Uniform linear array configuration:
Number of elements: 32
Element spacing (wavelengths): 0.5
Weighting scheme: hann
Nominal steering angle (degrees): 15
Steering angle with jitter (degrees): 14.079
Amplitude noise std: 0.05
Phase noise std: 0.05

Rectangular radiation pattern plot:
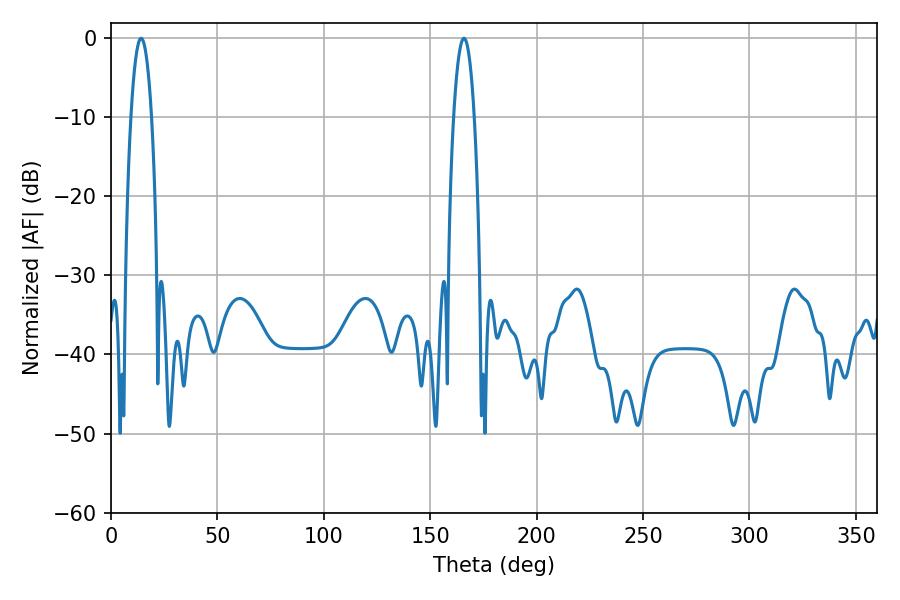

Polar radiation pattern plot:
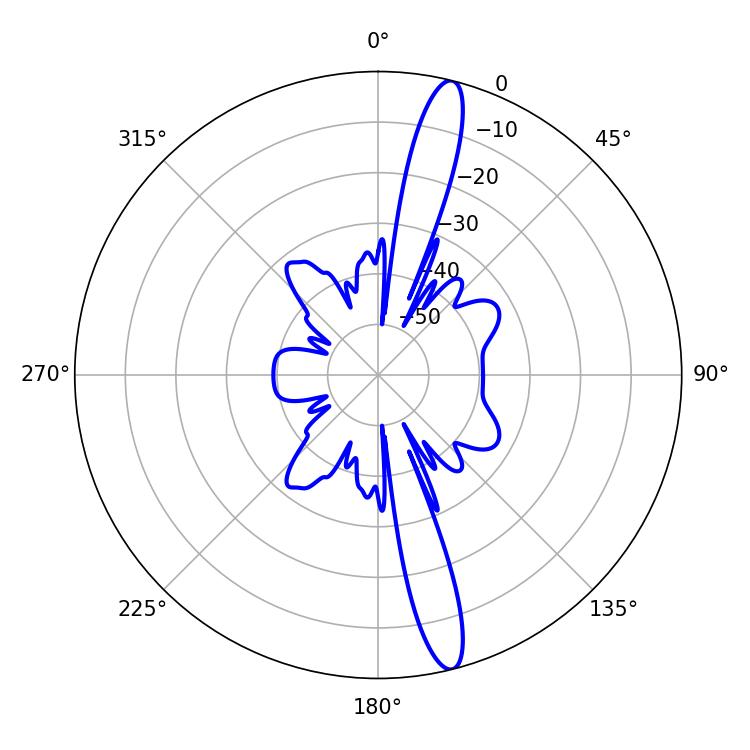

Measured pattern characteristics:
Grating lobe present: FALSE
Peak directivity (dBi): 16.06
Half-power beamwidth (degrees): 5.4
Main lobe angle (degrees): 14.22